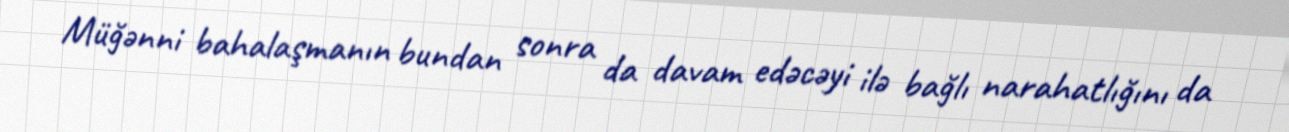
Müğənni bahalaşmanın bundan sonra da davam edəcəyi ilə bağlı narahatlığını da